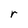
Character: r